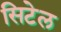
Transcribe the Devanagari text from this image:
सिटेल